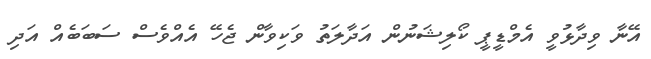
އޭނާ ވިދާޅުވީ އެމްޑީޕީ ކޯލިޝަނުން އަދާލަތު ވަކިވާން ޖެހޭ އެއްވެސް ސަބަބެއް އަދި